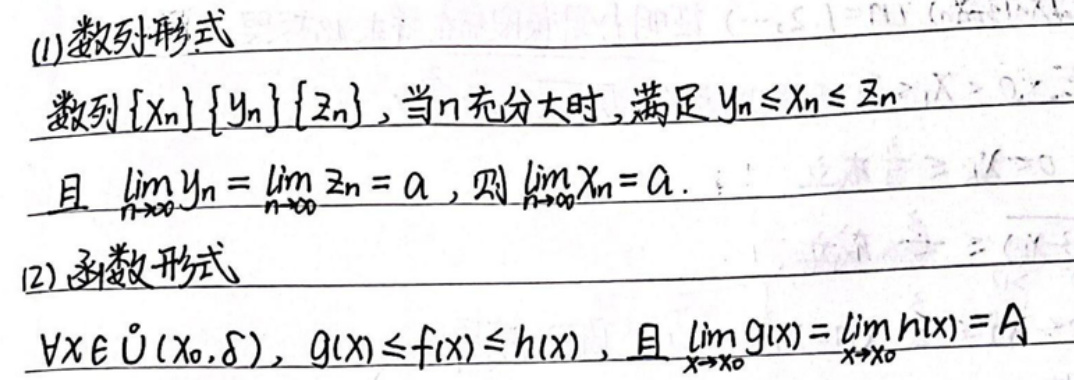
(1) 数列形式
数列\(\{x_n\}\{y_n\}\{z_n\}\)，当\(n\)充分大时，满足\(y_n\leq x_n\leq z_n\)
且\(\lim_{n\rightarrow\infty}y_n = \lim_{n\rightarrow\infty}z_n = a\)，则\(\lim_{n\rightarrow\infty}x_n = a\)。
(2) 函数形式
\(\forall x\in\mathring{U}(x_0,\delta)\)，\(g(x)\leq f(x)\leq h(x)\)，且\(\lim_{x\rightarrow x_0}g(x)=\lim_{x\rightarrow x_0}h(x)=A\)